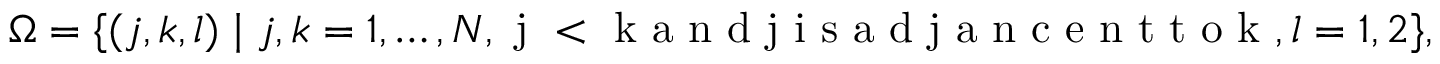
\begin{array} { r } { \Omega = \{ ( j , k , l ) \mid j , k = 1 , \ldots , N , \mathrm { ~ j ~ < ~ k ~ a ~ n ~ d ~ j ~ i ~ s ~ a ~ d ~ j ~ a ~ n ~ c ~ e ~ n ~ t ~ t ~ o ~ k ~ } , l = 1 , 2 \} , } \end{array}